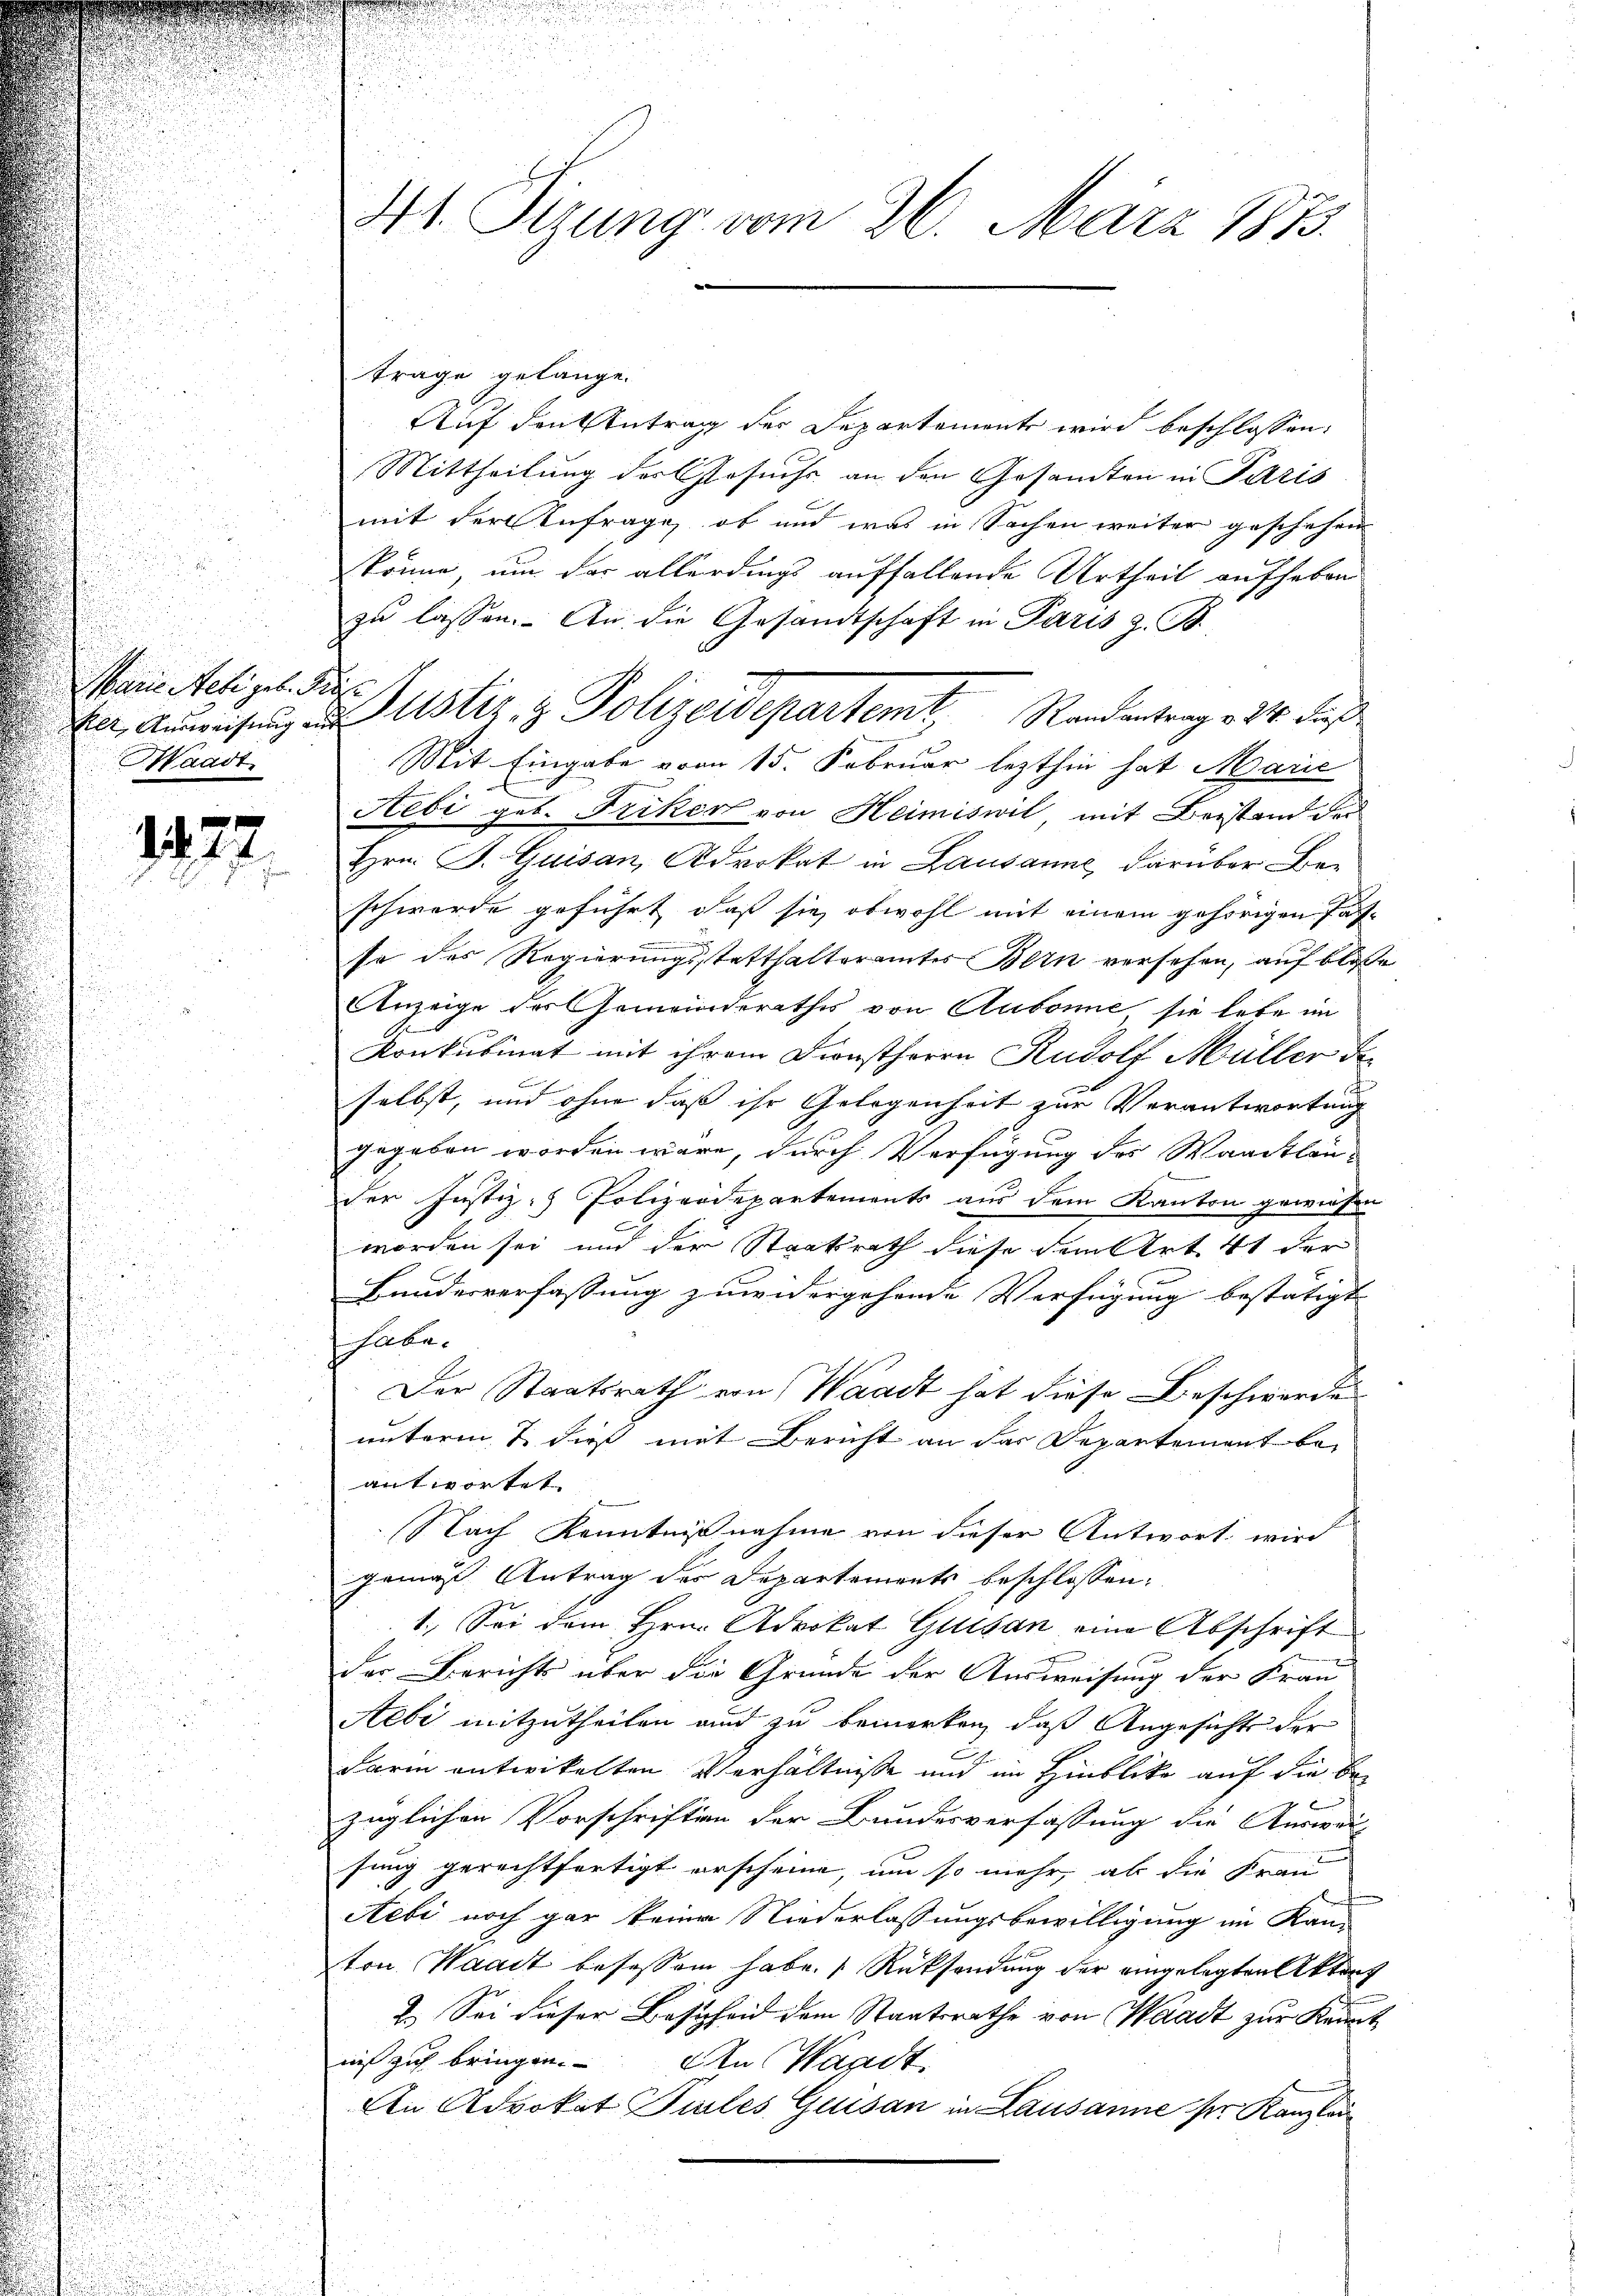
Marie Religet. Dies
Waadt.

1477.

träge gelange.
Auf den Antrag der Departemente wird beschlossen:
Mittheilung der Gesuchs an den Gesamten in Paris
mit der Anfrage, ob und was in Sachen weiter geschehen
könne, um der allerdings auffallende Urtheil aufheben
zu lassen. An die Gesandtschaft in Paris z. B.
Mit Eingabe vom 15. Februar lezthin hat Marić
Hebi geb. Friker von Heimiswil, mit Beistand der
Hrn. J. Guisan, Advokat in Lausanne, darüber Be-
schwerde geführt, daß sie, obwohl mit einem gehörigen Fas-
se des Regierungsstatthalteramtes Bern versehen, auf bloße
Anzeige des Gemeinderathes von Aubonne, sie lebe im
Konkubinat mit ihrem Dienstherrn Rudolf Müller der
selbst, und ohne daß ihr Gelegenheit zur Verantwortung
gegeben worden wäre, durch Verfügung des Waadtlau-
der Justiz- Polizeidepartements aus dem Kanton gewiesen
worden sei und der Staatsrath diese dem Art. 41 der
Bundesverfassung zuwidergehende Verfügung bestätigt |
habe.
Der Staatsrath von Waadt hat diese Beschwerde
unterm & dieß mit Bericht an der Departement beantwortet.
Nach Kenntnißnahme von dieser Antwort wird
gemäß Antrag des Departements beschlossen:
1. Sei dem Hrn. Advokat Guisan eine Abschrift
der Berichts über die Grunde der Ausweisung der Frau
Aebi mitzutheilen und zu bemerken, daß Angesicht der
2
darin entwickelten Verhältnisse und im Hinblicke auf die bezüglichen Vorschriften der Bundesverfassung die Auswei-
sung gerechtfertigt erscheine, um so mehr, als die Frau
Aebi noch gar keine Niederlassungsbewilligung im Kand
ton Waadt besassen habe. Rücksendung der eingelegten Aktenf
2.) Sei dieser Bescheid dem Staatsrathe von Waadt zur Kenntnis zu bringen. Den Waadt
An Advokat Piles Guisan in Lausanne sr. Kanzlau

41. Sizung vom 26. März 1873.

ker, Ausweisung des Astiz & Polizeidepartemt Randantrag v. 24. daß